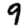
Digit: 9